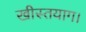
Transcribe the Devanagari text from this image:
खीस्तयाग।